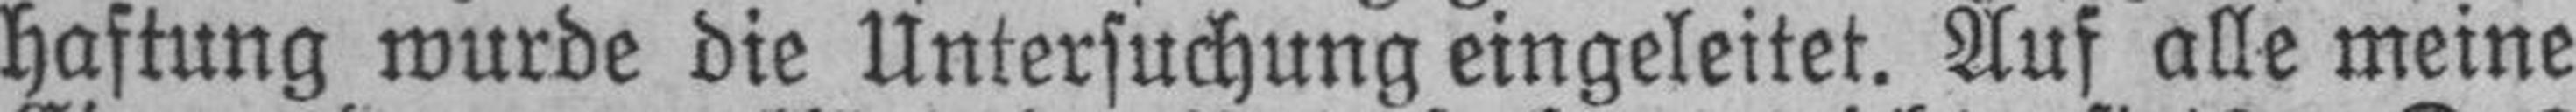
haftung wurde die Untersuchung eingeleitet. Auf alle meine